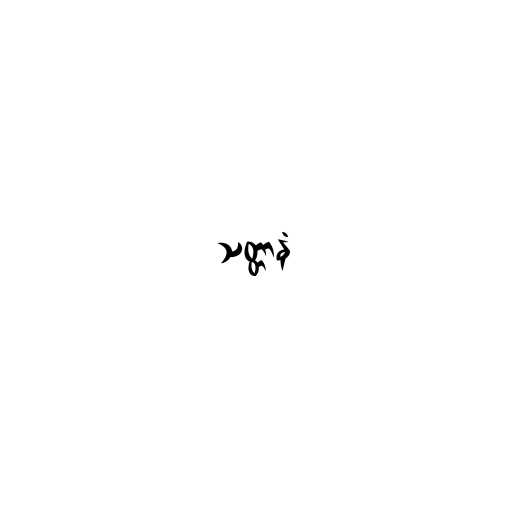
သတ္တာနံ